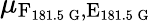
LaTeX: \mu_{\textrm{F}_{181.5\, \mathrm{G}},\textrm{E}_{181.5\, \mathrm{G}}}